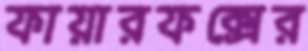
ফায়ারফক্সের